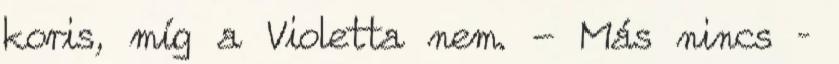
koris, míg a Violetta nem. - Más nincs –